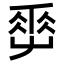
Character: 𡴤